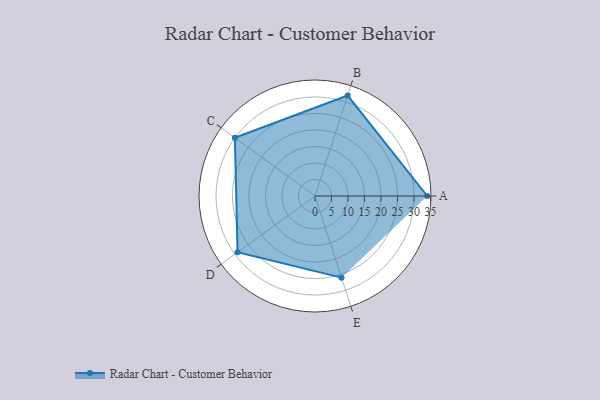
{"axis": {"x": "Skill", "y": "Score"}, "legend": ["Profile"], "data": [{"x": "A", "y": 34.0, "type": "Profile"}, {"x": "B", "y": 32.0, "type": "Profile"}, {"x": "C", "y": 30.0, "type": "Profile"}, {"x": "D", "y": 29.0, "type": "Profile"}, {"x": "E", "y": 26.0, "type": "Profile"}]}